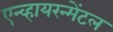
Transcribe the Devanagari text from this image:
एन्व्हायरन्मेंटल